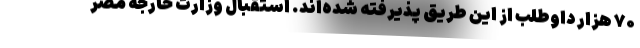
۷۰ هزار داوطلب از این طریق پذیرفته شده‌اند. استقبال وزارت خارجه مصر